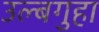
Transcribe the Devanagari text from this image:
उल्बगुहा